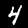
Label: 4